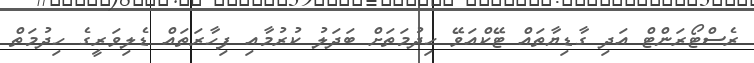
ރެސްޓޯރަންޓް އަދި ގާޑިޔާތައް ޓޭކްއަވޭ ހިދުމަތަށް ބަދަލު ކުރުމާއި ފިހާރަތައް ޑެލިވަރީގެ ހިދުމަތް